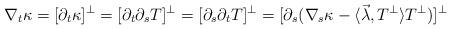
LaTeX: \begin{align*}\nabla_{t} \kappa =[\partial_t \kappa]^\perp =[\partial_t \partial_s T]^\perp=[\partial_s \partial_t T]^\perp=[\partial_s (\nabla_s \kappa -\langle \vec\lambda, T^\perp \rangle T^\perp)]^\perp \end{align*}